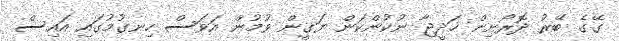
ގޭގެ ބޭރު ދޮރޯށިން ޚަދީޖާ ނުކުންކަން ޔަގީން ވުމުން އަވަސް ހިނގުމުގައި އައިސް